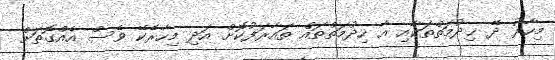
މިހާރު ދޭ ޚިދުމަތްތަކާއި އާ ހިދުމަތްތައް ތައާރަފުކޮށް އަދި މިހާރެކޭ ވެސް އެއްގޮތަށް